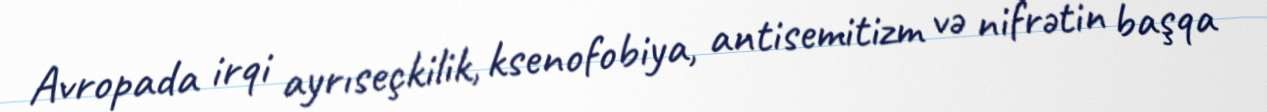
Avropada irqi ayrıseçkilik, ksenofobiya, antisemitizm və nifrətin başqa